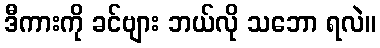
ဒီကားကို ခင်ဗျား ဘယ်လို သဘော ရလဲ။